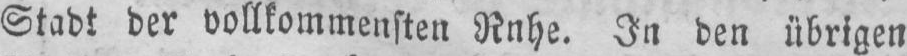
Stadt der vollkommensten Ruhe. In den übrigen